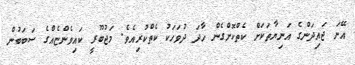
އޭނަ ޖައިދަންގެ އަނިޔާތަކަށް ކެތްކޮށްގެން ހާދަ ދުވަހަކު ކެތްކުރިއެވެ. މަޖުބޫރީ ކައިވެންޏެއްގެ ސަބަބުން